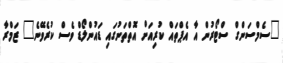
"ސެމްސަންގް ސްޓޯރުން އާ އެޕްތައް ކުރިއަށް އޮތްތަނުގައި ޑައުންލޯޑް ވެސް ކުރެވޭނެ" ޒަމްރާ